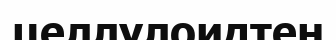
целлулоидтен